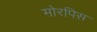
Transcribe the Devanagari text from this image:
मोरपिस